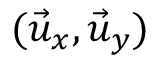
( \vec { u } _ { x } , \vec { u } _ { y } )